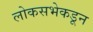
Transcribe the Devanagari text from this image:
लोकसभेकडून